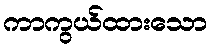
ကာကွယ်ထားသော